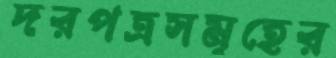
দরপত্রসমূহের